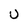
Character: u